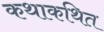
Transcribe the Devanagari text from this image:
कथाकथित